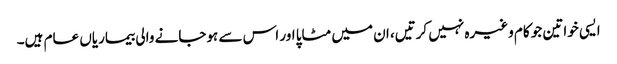
ایسی خواتین جو کام وغیرہ نہیں کرتیں، ان میں مٹاپا اور اس سے ہوجانے والی بیماریاں عام ہیں۔